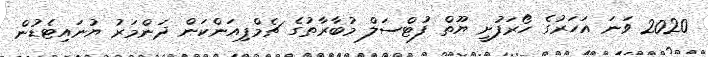
2020 ވަނަ އަހަރުގެ ހޯރަފުށީ ޔޫތް ފުޓްސަލް މުބާރާތުގެ ޗެމްޕިއަންކަން ދަންމަރު ޔުނައިޓެޑުން